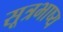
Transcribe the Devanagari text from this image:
सूत्रभाष्य